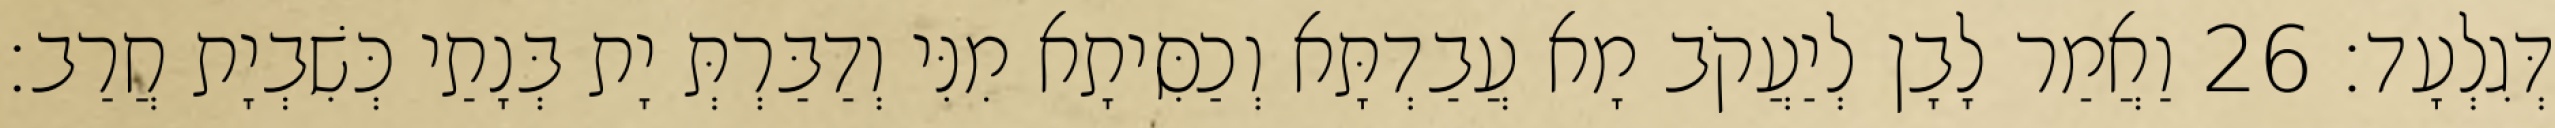
דְּגִלְעָד׃ 26 וַאֲמַר לָבָן לְיַעֲקֹב מָא עֲבַדְתָּא וְכַסִּיתָא מִנִּי וְדַבַּרְתְּ יָת בְּנָתַי כְּשִׁבְיָת חֲרַב׃